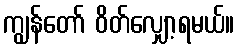
ကျွန်တော် ဝိတ်လျှော့ရမယ်။